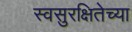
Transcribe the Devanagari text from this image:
स्वसुरक्षितेच्या